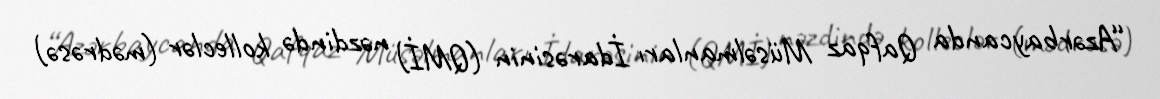
“Azərbaycanda Qafqaz Müsəlmanları İdarəsinin (QMİ) nəzdində kolleclər (mədrəsə)